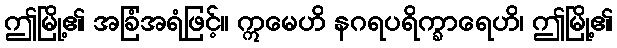
ဤမြို့၏ အခြံအရံဖြင့်။ ဣမေဟိ နဂရပရိက္ခာရေဟိ၊ ဤမြို့၏